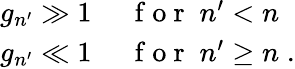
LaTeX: \begin{array}{rl}{g_{n^{\prime}}\gg 1}&{{}\; \mathrm{~f~o~r~}\; n^{\prime}<n}\\ {g_{n^{\prime}}\ll 1}&{{}\; \mathrm{~f~o~r~}\; n^{\prime}\ge n\; .}\end{array}